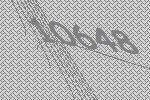
10648